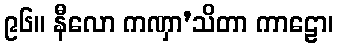
၉၆။ နီလော ကဏှာ’သိတာ ကာဠော၊